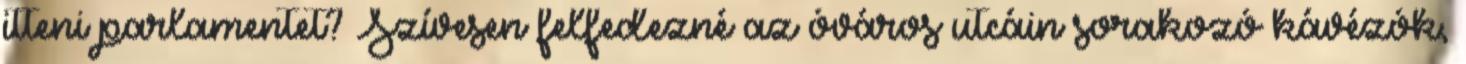
itteni parlamentet? Szívesen felfedezné az óváros utcáin sorakozó kávézók,